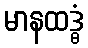
မာနထဒ္ဓံ